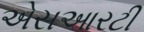
એસઆરટી